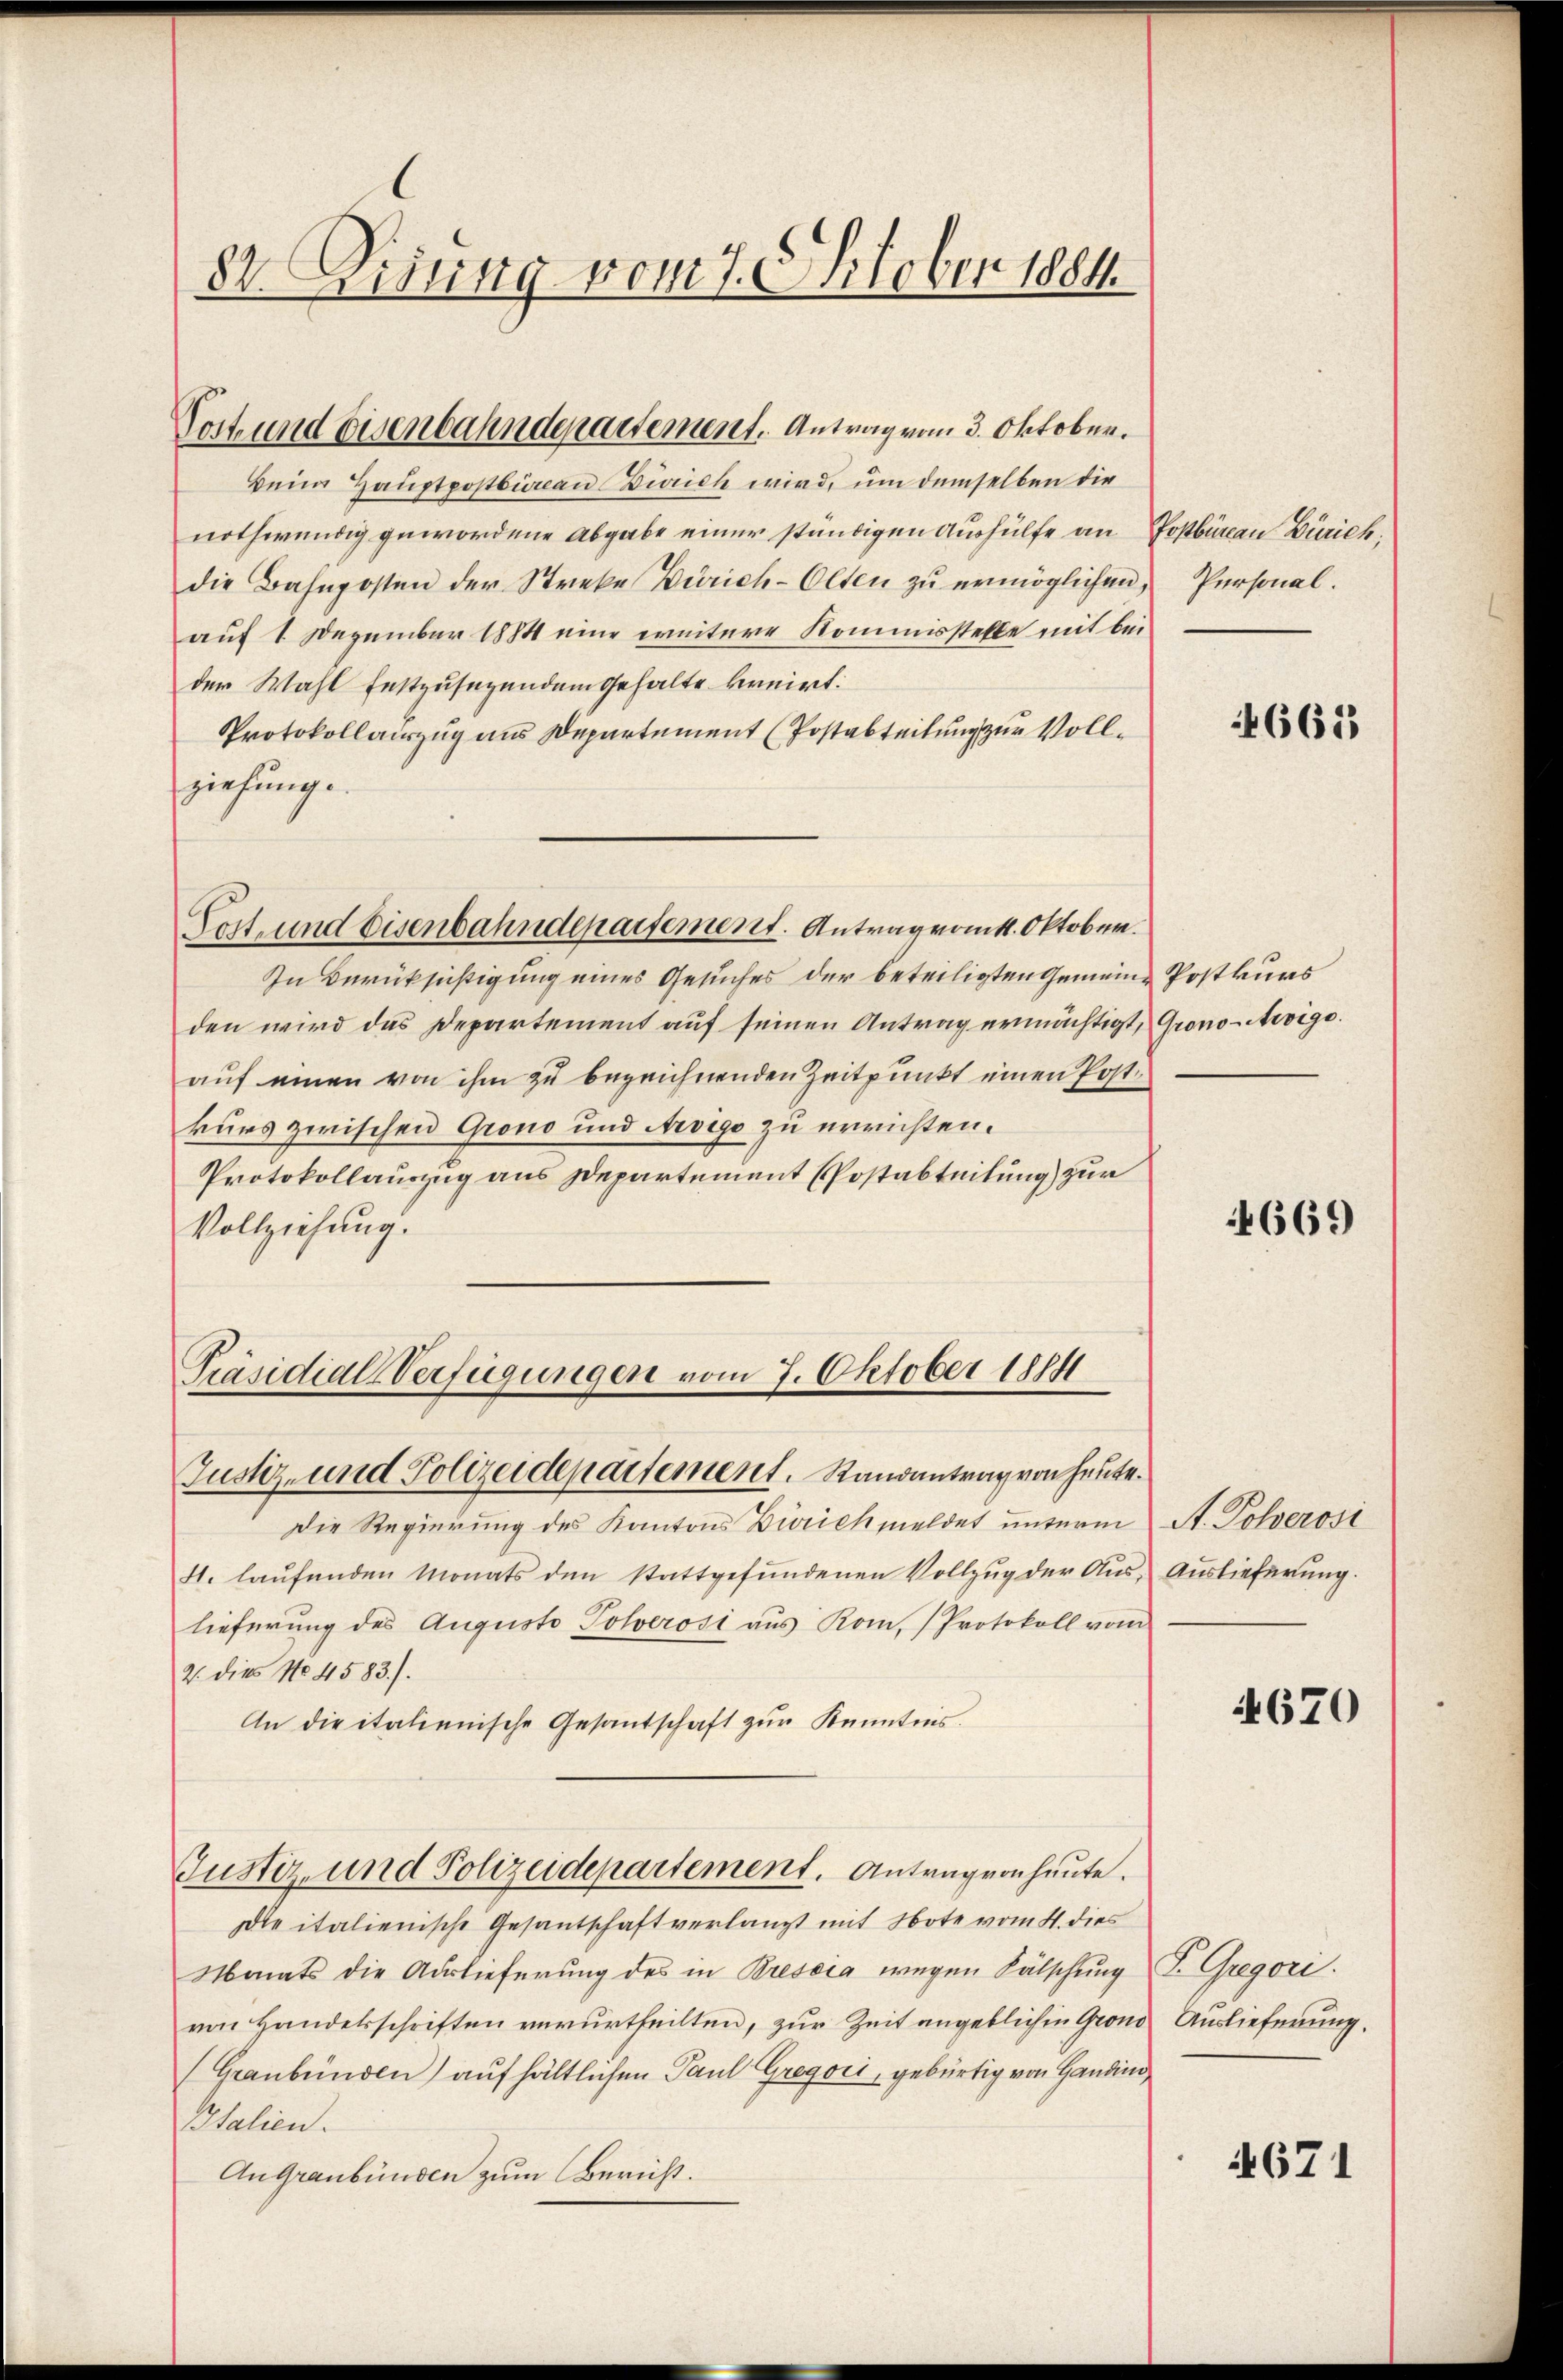
82. Disung vom 7. Oktober 1884

Doch und disenbahndepartement. Antrag vom 3. Oktober.

Präsidial-Verfügungen vom 7. Oktober 1884
Justiz- und Polizeidepartement. Randantrag von heute.

Beim Hauptpostbüreau Zürich wird, um demselben die
nothwendig gewordene Abgabe einer ständigen Aushülfe an Postbüreau Zürich,
die Bahnposten der Streke Zürich-Olten zŭ ermöglichen, Personal.
auf 1 Dezember 1884 eine weitere Kommisstelle mit bei
der Wahl festzusezendem Gehalte bernirt.
Protokollauszug aus Departement (Postabteilung zur Vollziehung
ost- und Eisenbahndepartement. Antragrank. Oktober.
In Berücksichtigung eines Gesuches der beteiligten Gemeine Postkurs
den wird das Departement auf seinen Antrag ermächtigt, Grono-Arvige.
auf einen von ihm zu bezeichnenden Zeitpunkt einen Postkurs zwischen Grono und Aroigo zu errichten.
Protokollauszug aus Departement Postabteilung) zur
Vollziehung.

Die Regierung des Kantons Zürich meldet unterm St. Pohverosi
4. laŭfenden Monats den stattgefŭndenen Vollzug der Aŭs- Auslieferung.
lieferung des Augusto Polverosi aŭs Kom, (Protokoll vom
2. dies No 4583.).
An die italienische Gesandschaft zŭr Kenntnis.
Justiz- und Polizeidepartement. Antragonheute.
Die italienische Gesantschaft verlangt mit Note vom 4. dies
Monats die Auslieferung des in Bressia wegen Fälschung T. Gregori.
von Handelsschriften verurtheilten, zur Zeit angeblichen Grond Auslieferung.
(Graubünden) aufhältlichen Paul Gregori, gebürtig von Handin
Italien.
An Graubünden zum Bericht.

4665

669

4670

4671